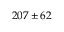
2 0 7 \pm 6 2